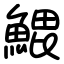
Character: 𬵝